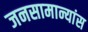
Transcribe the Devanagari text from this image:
जनसामान्यांस